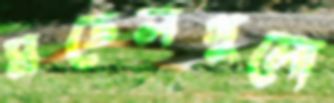
মডেলগুলো